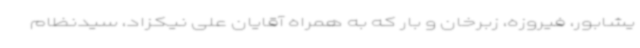
یشابور، فیروزه، زبرخان و بار که به همراه آقایان علی نیکزاد، سیدنظام